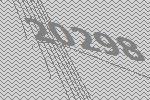
20298